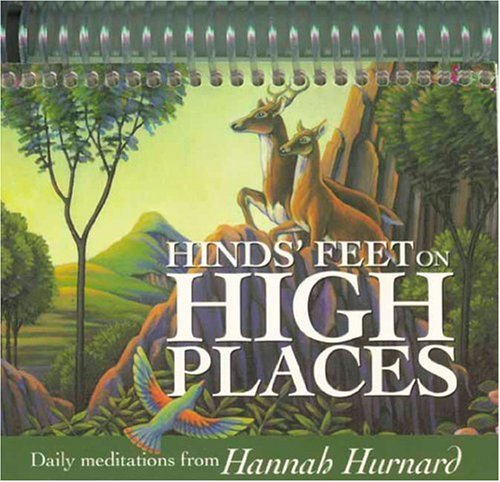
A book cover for Hinds' Feet on High Places (Inspirations/Timeless Calendars); Calendars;